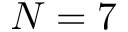
N = 7